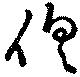
倶